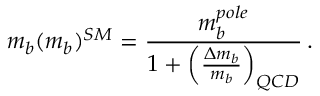
m _ { b } ( m _ { b } ) ^ { S M } = \frac { m _ { b } ^ { p o l e } } { 1 + \left( \frac { \Delta m _ { b } } { m _ { b } } \right) _ { Q C D } } \, .